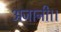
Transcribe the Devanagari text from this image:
अजानी।।